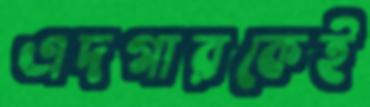
এদগারকেই